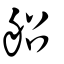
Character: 𦨣